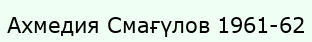
Ахмедия Смағүлов 1961-62